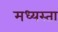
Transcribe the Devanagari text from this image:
मध्‍यस्ता